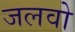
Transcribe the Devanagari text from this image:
जलवो